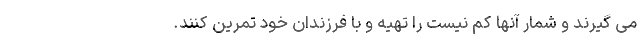
می گیرند و شمار آنها کم نیست را تهیه و با فرزندان خود تمرین کنند.